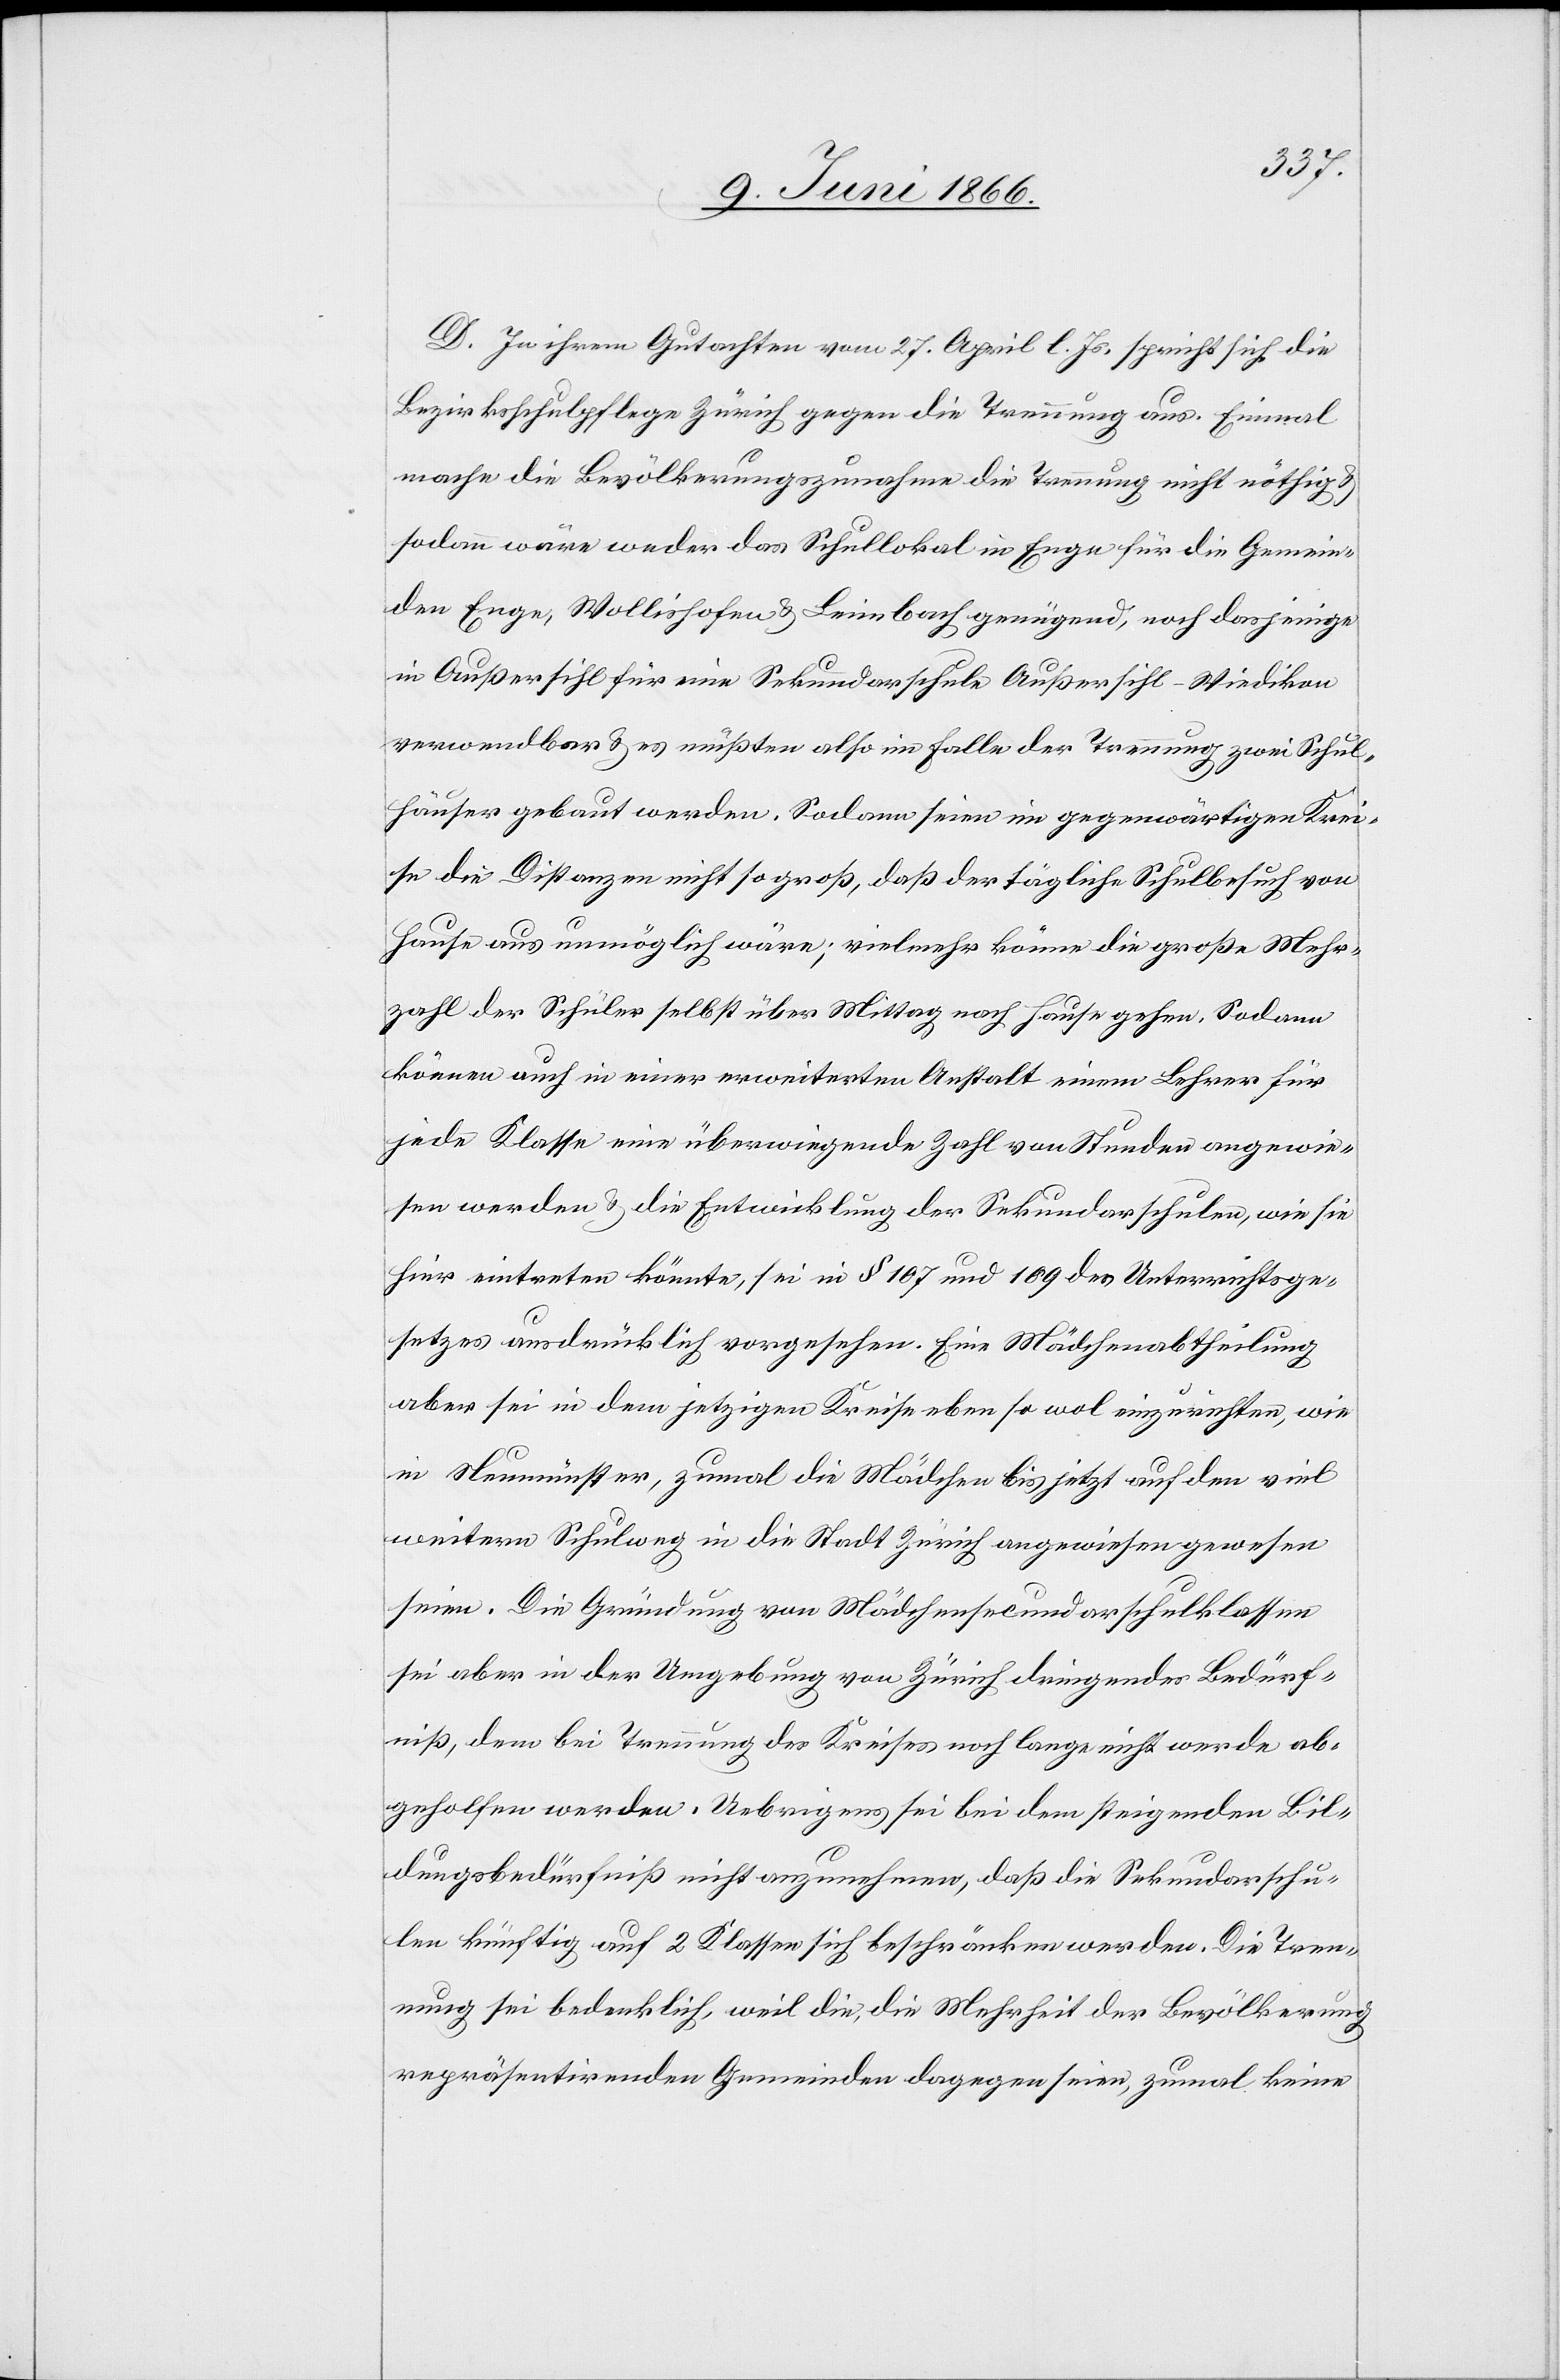
D. In Ihrem Gutachten vom 27. April l. Js. spricht sich die
Bezirksschulpflege Zürich gegen die Trennung aus. Einmal
mache die Bevölkerungszunahme die Trennung nicht nöthig u.
sodann wäre weder das Schullokal in Enge für die Gemein¬
den Enge, Wollishofen u. Leimbach genügend, noch dasjenige
in Außersihl für eine Sekundarschule Außersihl-Wiedikon
verwendbar u. es müßten also im Falle der Trennung zwei Schul¬
häuser gebaut werden. Sodann seien im gegenwärtigen Krei¬
se die Distanzen nicht so groß, daß der tägliche Schulbesuch von
Hause aus unmöglich wäre; vielmehr könne die große Mehr¬
zahl der Schüler selbst über Mittag nach Hause gehen. Sodann
könne auch in einer erweiterten Anstalt einem Lehrer für
jede Klasse eine überwiegende Zahl von Stunden angewie¬
sen werden u. die Entwicklung der Sekundarschulen, wie sie
hier eintreten könnte, sei in § 107 und 109 des Unterrichtsge¬
setzes ausdrücklich vorgesehen. Eine Mädchenabtheilung
aber sei in dem jetzigen Kreise eben so wol einzurichten, wie
in Neumünster, zumal die Mädchen bis jetzt auf den viel
weitern Schulweg in die Stadt Zürich angewiesen gewesen
seien. Die Gründung von Mädchensecundarschulklassen
sei aber in der Umgebung von Zürich dringendes Bedürf¬
niß, dem bei Trennung des Kreises noch lange nicht werde ab¬
geholfen werden. Uebrigens sei bei dem steigenden Bil¬
dungsbedürfniß nicht anzunehmen, daß die Sekundarschu¬
len künftig auf 2 Klassen sich beschränken werden. Die Tren¬
nung sei bedenklich, weil die, die Mehrheit der Bevölkerung
repräsentirenden Gemeinden dagegen seien, zumal keine